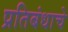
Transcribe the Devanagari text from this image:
प्रतिबंधाचे